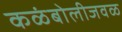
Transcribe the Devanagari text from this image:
कळंबोलीजवळ